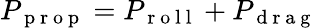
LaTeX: P_{\mathrm{~p~r~o~p~}}=P_{\mathrm{~r~o~l~l~}}+P_{\mathrm{~d~r~a~g~}}